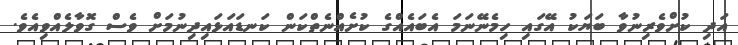
އަދި ކުށްވެރިނުވާ ބަޔަކު އޭގައި ހިމެނޭނަމަ އެބައެއްގެ ކުށެއްނެތްކަން ކަނޑައަޅައިދިނުމަށް ވެސް ގޮވާލެއްވިއެވެ.